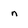
Character: n